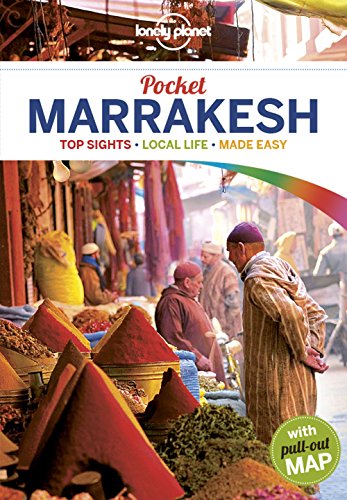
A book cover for Lonely Planet Pocket Marrakesh (Travel Guide); Lonely Planet; Travel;